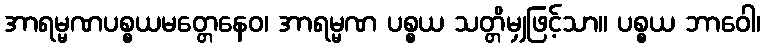
အာရမ္မဏပစ္စယမတ္တေနေဝ၊ အာရမ္မဏ ပစ္စယ သတ္တိမျှဖြင့်သာ။ ပစ္စယ ဘာဝေါ၊